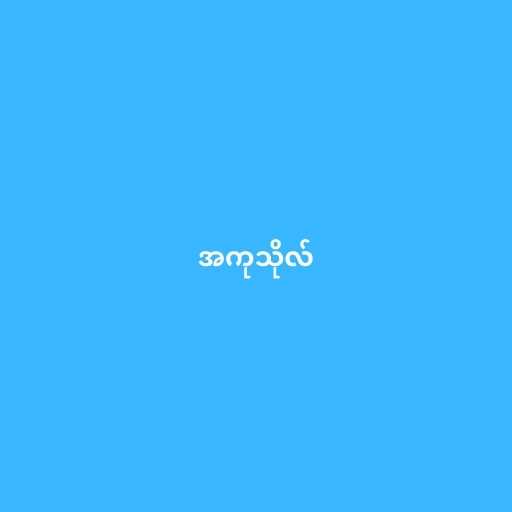
အကုသိုလ်